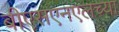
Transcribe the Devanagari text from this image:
बीएसएनएलच्या